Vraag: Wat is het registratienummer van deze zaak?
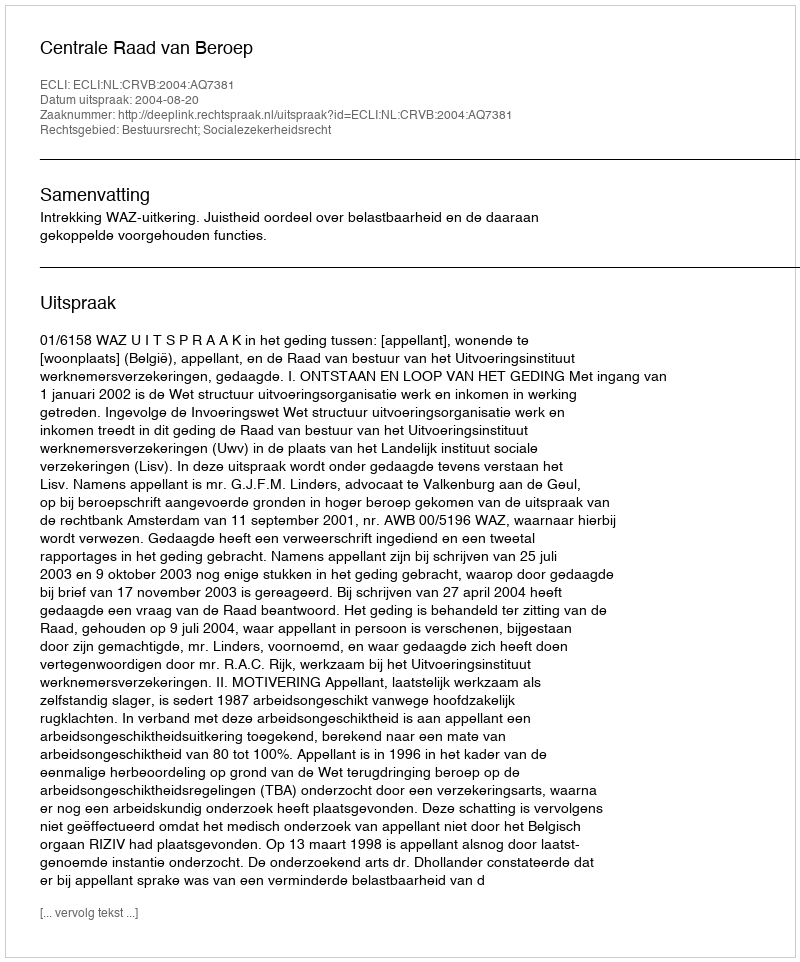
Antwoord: http://deeplink.rechtspraak.nl/uitspraak?id=ECLI:NL:CRVB:2004:AQ7381